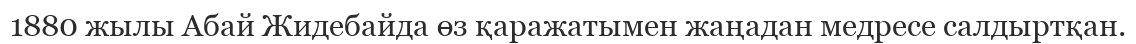
1880 жылы Абай Жидебайда өз қаражатымен жаңадан медресе салдыртқан.